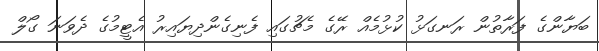
ބަޔާންގެ ފަރާތުން ރަނގަޅު ކުޅުމެއް ރޭގެ މެޗުގައި ފެނިގެންދިޔައިރު އެޓީމުގެ ދެވަނަ ގޯލް